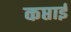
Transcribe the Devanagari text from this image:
कप्ताई